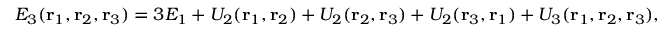
E _ { 3 } ( \mathbf { r } _ { 1 } , \mathbf { r } _ { 2 } , \mathbf { r } _ { 3 } ) = 3 E _ { 1 } + U _ { 2 } ( \mathbf { r } _ { 1 } , \mathbf { r } _ { 2 } ) + U _ { 2 } ( \mathbf { r } _ { 2 } , \mathbf { r } _ { 3 } ) + U _ { 2 } ( \mathbf { r } _ { 3 } , \mathbf { r } _ { 1 } ) + U _ { 3 } ( \mathbf { r } _ { 1 } , \mathbf { r } _ { 2 } , \mathbf { r } _ { 3 } ) ,